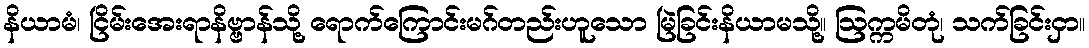
နိယာမံ၊ ငြိမ်းအေးရာနိဗ္ဗာန်သို့ ရောက်ကြောင်းမဂ်တည်းဟူသော မြဲခြင်းနိယာမသို့။ ဩက္ကမိတုံ၊ သက်ခြင်းငှာ။